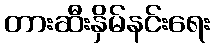
တားဆီးနှိမ်နင်းရေး